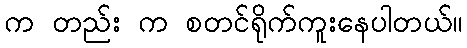
က တည်း က စတင်ရိုက်ကူးနေပါတယ်။